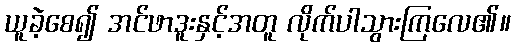
ယူခဲ့စေ၍ အင်ဖာဒူးနှင့်အတူ လိုက်ပါသွားကြလေ၏။